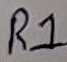
Text: R1